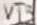
Text: VT3